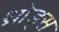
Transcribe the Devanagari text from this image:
थ्रोड्स